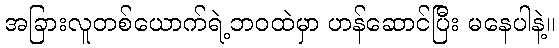
အခြားလူတစ်ယောက်ရဲ့ဘဝထဲမှာ ဟန်ဆောင်ပြီး မနေပါနဲ့။